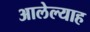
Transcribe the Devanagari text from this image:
आलेल्याह